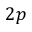
2 p